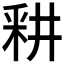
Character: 𰼗